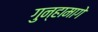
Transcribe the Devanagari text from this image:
गुन्हामागे